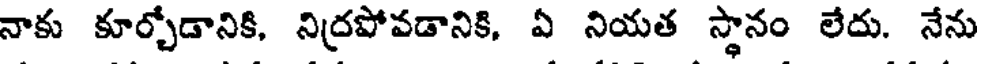
నాకు కూర్చోడానికి, నిద్రపోవడానికి, ఏ నియత స్థానం లేదు. నేను